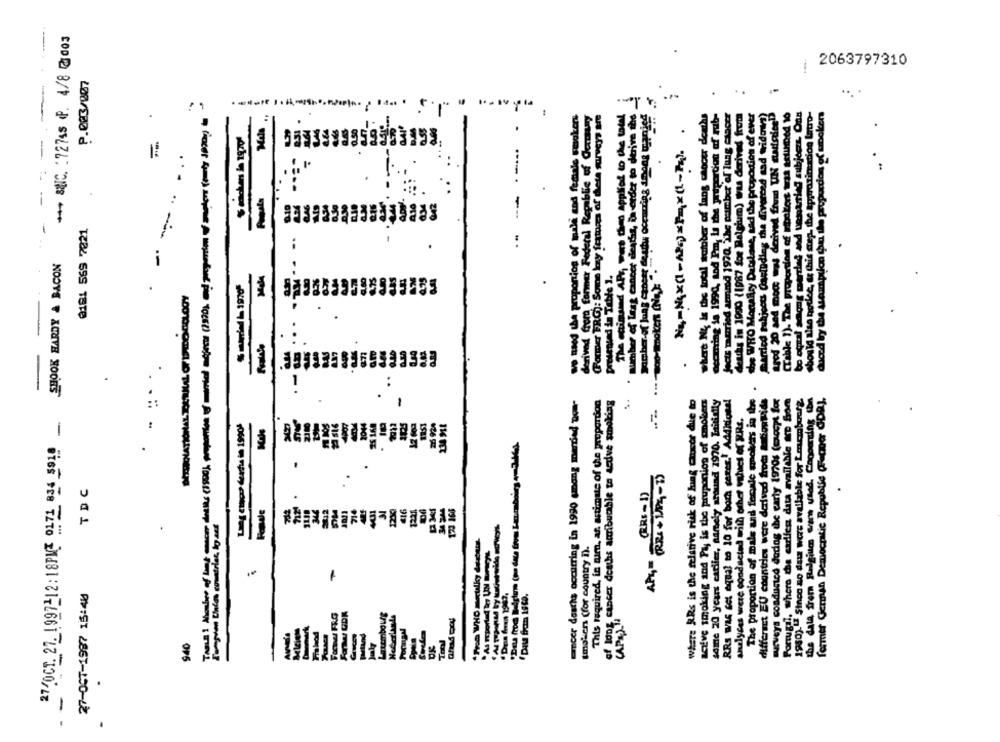
*** SIC. 172745 P. 4/8 @ 003
2063797310
-
P.003/007
..
The chimund APr, wes thed applied to the total
parried tuhicets Gastoding the divorced sad Widows)
spod 20 and moc was derived from UN cariaiceD
(Table 1). The proportion of ribokort was actumed to
bo otral schong mardes and unmarried subjeczt. Ons
we need the proportion of male and female smaken
derived from former Federal Republic of Occumy
(Former FRG): Some kazy features of these surveys are
number of Lesg cancer deaths, in order to derive the
what N& is the total tatober of lang chocer deaths
occuring is 1990, tod Pm, le the proportion of rub-
Jects married armmd 1970, The number of lung chacer
deaths in 1990 (1987 for Ralgium) was derived from
the WHO Macally Datsbase, sad the proportion of ever
.
Tamil ! Nombre of beat can dosles (1900), proportion of married mejores (2320), and proportion of motors (poly 10000)
Ha-Nx(I-APc)*Fmx(L-Pz).
.
5933999959993199
-
0181 569 7821
..
-
SHOOK HARDY & BACON
presented in Table 1.
derived from Een
.:...
..
former German Democratic Republic (Fcmer GDR],
acer deschs occurring in 1990 among merdied som-
This required, in mim, ar. astimate of the proportion
of long cancer deaths acribumble to acdve smoking
..
where RRs is the relative risk of luag cheor die to
seive smoking and Pa, is the pruponion of poker
some 20 years carlier, namely around 1970. Initially
RRS WAS set equal to 10 for both cerer." Additions!
The proportion of mals and ferie smokers in the
differset EU countries were derived from antiontids
wevers conducted dedog the early 19706 (weeps for
Portugal, where the carlfen data available &t Som
1980). U Sinco ao dasz were available for Lmcmbourg.
the data from Belgium were used. Coopersing ton
analyses were conducted with other ethics of ERE.
OCT. 27. 1997212:18PM2 0171 834 5918 -
Ling enco derna in 19901
25 168
(RRI + JPG-1)
TDC
716
31
1210)
#16
1221
123 166
*From WHO meulky destets.
tmollen (for country ]).
APG-
-
27-OCT-1987 15:40
CAPELI
U FRG
940
.
.